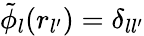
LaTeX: \tilde{\phi}_{l}(r_{l^{\prime}})=\delta_{ll^{\prime}}